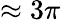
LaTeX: \approx 3\pi